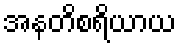
အနတိစရိယာယ